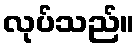
လုပ်သည်။